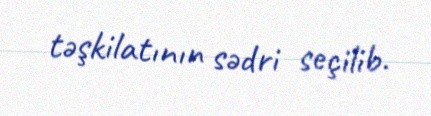
təşkilatının sədri seçilib.